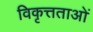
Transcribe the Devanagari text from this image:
विकृत्तताओं